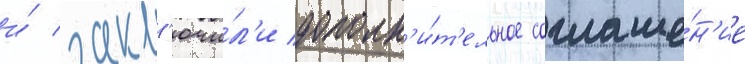
и́ закл'ючи́л'и дополн'и́т'ельное соглаше́н'ие